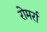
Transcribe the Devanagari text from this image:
रोमर्रा